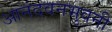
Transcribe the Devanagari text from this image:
आनंदवनभुवनी